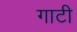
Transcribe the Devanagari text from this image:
गाटी